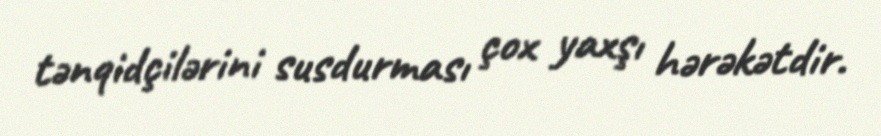
tənqidçilərini susdurması çox yaxşı hərəkətdir.